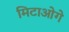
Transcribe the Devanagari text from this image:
मिटाओगे